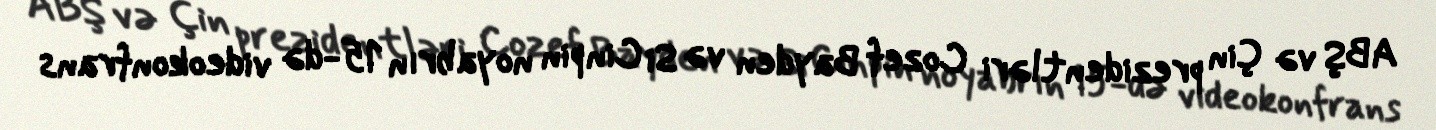
ABŞ və Çin prezidentləri Cozef Bayden və Si Cinpin noyabrın 15-də videokonfrans